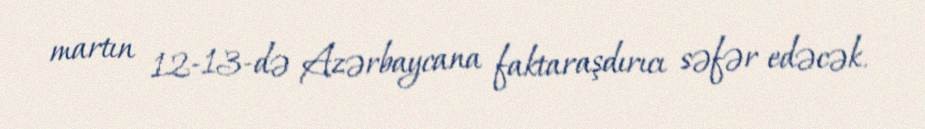
martın 12-13-də Azərbaycana faktaraşdırıcı səfər edəcək.